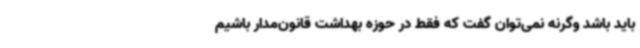
باید باشد وگرنه نمی‌توان گفت که فقط در حوزه بهداشت قانون‌مدار باشیم